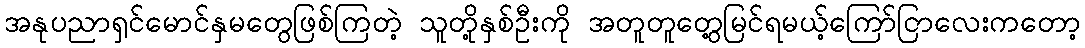
အနုပညာရှင်မောင်နှမတွေဖြစ်ကြတဲ့ သူတို့နှစ်ဦးကို အတူတူတွေ့မြင်ရမယ့်ကြော်ငြာလေးကတော့